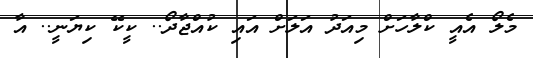
މެލޯ އެއީ ކްލާހަށް މިއަދު އަލަށް އައި ކުއްޖާދޯ.. ކީކޭ ކިޔަނީ.. އާ